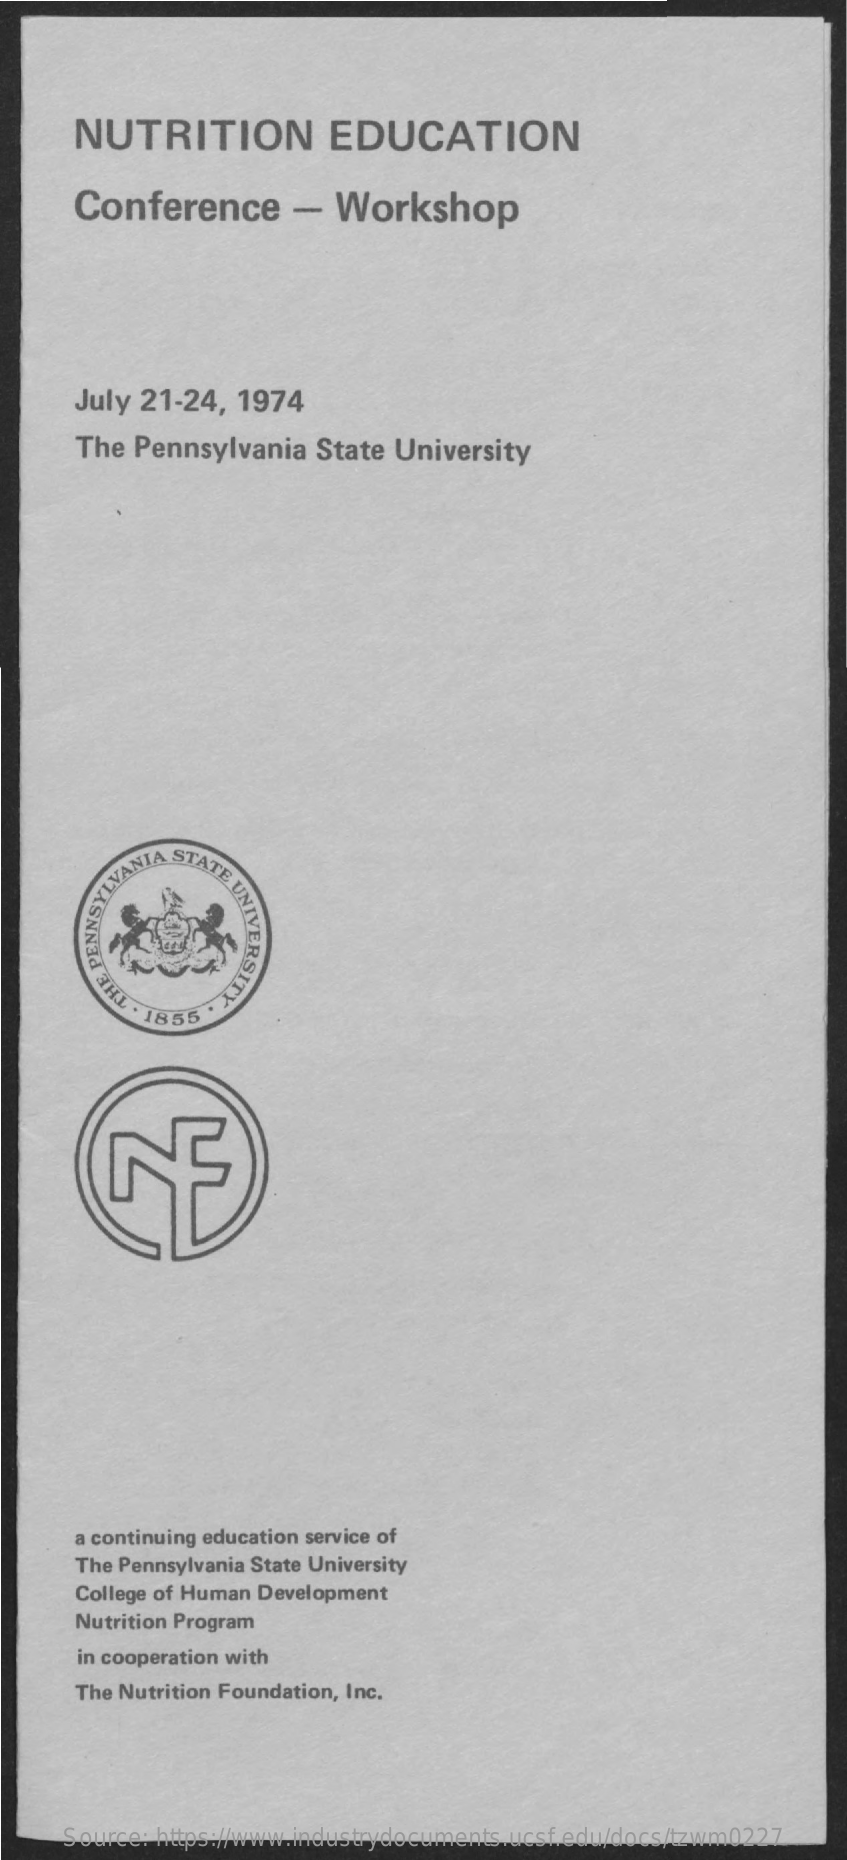
NUTRITION    EDUCATION
     Conference    -  Workshop
     July 21-24, 1974
     The Pennsylvania   State University
     ATE
     UNIVERSITY AUNIVE
     HL . 1855
     a continuing education service of
     The Pennsylvania State University
     College of Human Development
     Nutrition Program
     in cooperation with
     The Nutrition Foundation, Inc.
     Source: https://www.industrydocuments.ucsf.edu/docs/tzwm0227